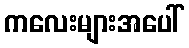
ကလေးများအပေါ်